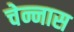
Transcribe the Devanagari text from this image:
चेन्नास